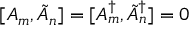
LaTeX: [ A _ { m } , \tilde { A } _ { n } ] = [ A _ { m } ^ { \dagger } , \tilde { A } _ { n } ^ { \dagger } ] = 0